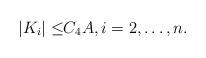
LaTeX: \begin{align*}|K_i|\leq&C_4A,i=2,\ldots,n.\end{align*}